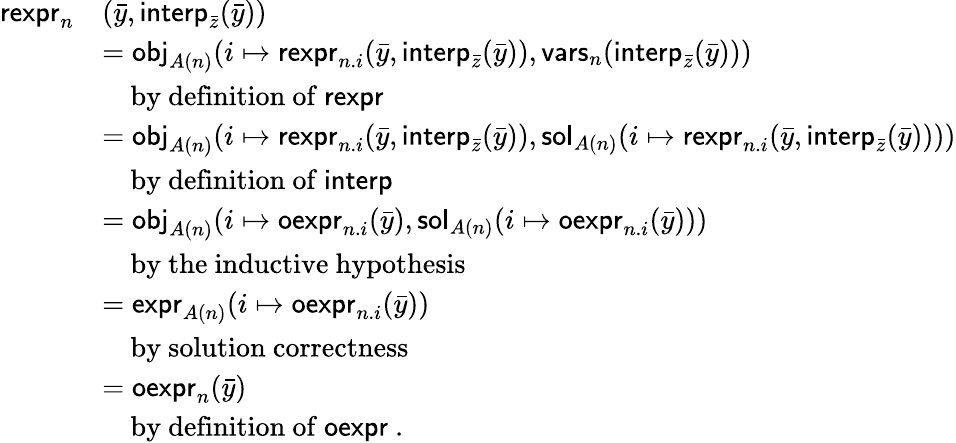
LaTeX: \begin{array}{rl}{\mathsf{rexpr}_{n}}&{(\bar{y},\mathsf{interp}_{\bar{z}}(\bar{y}))}\\ &{=\mathsf{obj}_{A(n)}(i\mapsto\mathsf{rexpr}_{n.i}(\bar{y},\mathsf{interp}_{\bar{z}}(\bar{y})),\mathsf{vars}_{n}(\mathsf{interp}_{\bar{z}}(\bar{y})))}\\ &{\quad\mathrm{by~definition~of~\mathsf{rexpr}~}}\\ &{=\mathsf{obj}_{A(n)}(i\mapsto\mathsf{rexpr}_{n.i}(\bar{y},\mathsf{interp}_{\bar{z}}(\bar{y})),\mathsf{sol}_{A(n)}(i\mapsto\mathsf{rexpr}_{n.i}(\bar{y},\mathsf{interp}_{\bar{z}}(\bar{y}))))}\\ &{\quad\mathrm{by~definition~of~\mathsf{interp}~}}\\ &{=\mathsf{obj}_{A(n)}(i\mapsto\mathsf{oexpr}_{n.i}(\bar{y}),\mathsf{sol}_{A(n)}(i\mapsto\mathsf{oexpr}_{n.i}(\bar{y})))}\\ &{\quad\mathrm{by~the~inductive~hypothesis}}\\ &{=\mathsf{expr}_{A(n)}(i\mapsto\mathsf{oexpr}_{n.i}(\bar{y}))}\\ &{\quad\mathrm{by~solution~correctness}}\\ &{=\mathsf{oexpr}_{n}(\bar{y})}\\ &{\quad\mathrm{by~definition~of~\mathsf{oexpr}~.}}\end{array}